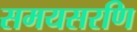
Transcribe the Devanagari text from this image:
समयसरणि